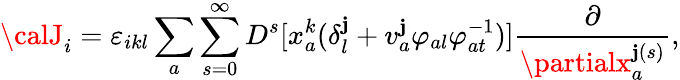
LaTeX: {\calJ}_{i}=\varepsilon_{ikl}\sum_{a}\sum_{s=0}^{\infty}D^{s}[x_{a}^{k}(\delta_{l}^{\mathbf{j}}+v_{a}^{\mathbf{j}}\varphi_{al}\varphi_{at}^{-1})]\frac{{\partial}}{{\partialx_{a}^{\mathbf{j}(s)}}},